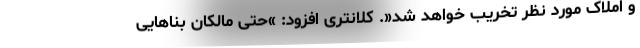
و املاک مورد نظر تخریب خواهد شد«. کلانتری افزود: »حتی مالکان بناهایی